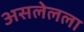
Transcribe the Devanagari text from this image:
असलेलला